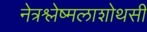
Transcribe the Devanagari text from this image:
नेत्रश्लेष्मलाशोथसी